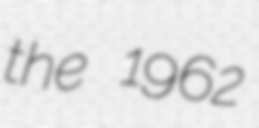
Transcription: the 1962